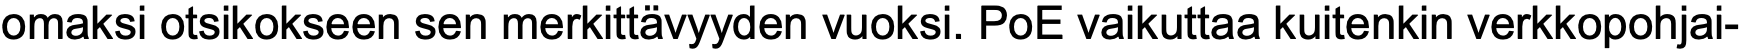
omaksi otsikokseen sen merkittävyyden vuoksi. PoE vaikuttaa kuitenkin verkkopohjai-